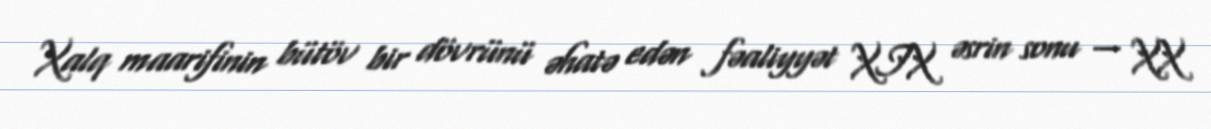
Xalq maarifinin bütöv bir dövrünü əhatə edən fəaliyyət XIX əsrin sonu — XX